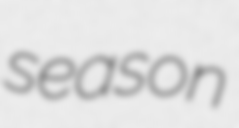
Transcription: season